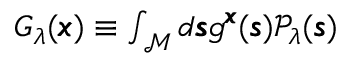
\begin{array} { r } { G _ { \lambda } ( \pmb { x } ) \equiv \int _ { \mathcal { M } } d \pmb { \mathscr { s } } g ^ { \pmb { x } } ( \pmb { \mathscr { s } } ) \mathcal { P } _ { \lambda } ( \pmb { \mathscr { s } } ) } \end{array}